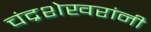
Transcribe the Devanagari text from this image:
चंद्रशेखरांनी